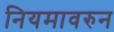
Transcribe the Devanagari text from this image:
नियमावरुन